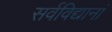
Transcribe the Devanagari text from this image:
सर्वविद्यानां